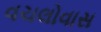
વચલોવાસ